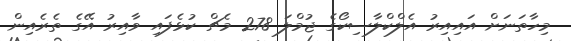
މިހާތަނަށް އައިއިރު އެލްކްލާސިކޯގެ ޖުމްލަ 278 މެޗް ކުޅެފައި ވާއިރު އޭގެ ތެރެއިން